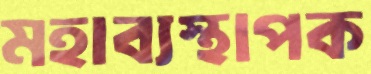
মহাব্যস্থাপক